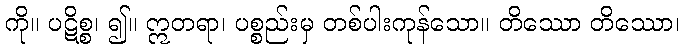
ကို။ ပဋိစ္စ၊ ၍။ ဣတရာ၊ ပစ္စည်းမှ တစ်ပါးကုန်သော။ တိဿော တိဿော၊